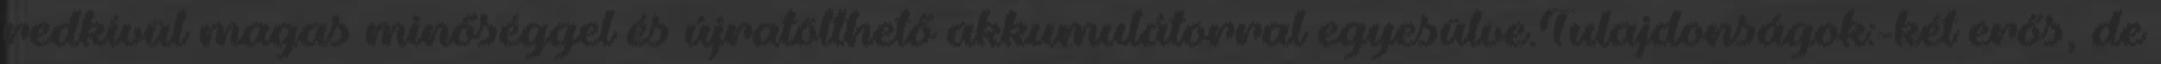
redkívül magas minőséggel és újratölthető akkumulátorral egyesülve.Tulajdonságok:-két erős, de